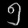
Digit: ၅